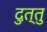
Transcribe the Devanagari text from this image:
दुत्तु